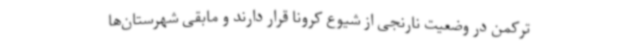
ترکمن در وضعیت نارنجی از شیوع کرونا قرار دارند و مابقی شهرستان‌ها